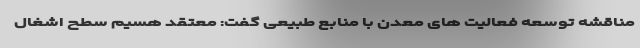
مناقشه توسعه فعالیت های معدن با منابع طبیعی گفت: معتقد هسیم سطح اشغال